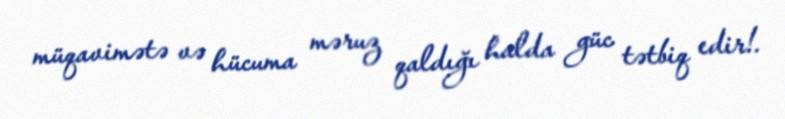
müqavimətə və hücuma məruz qaldığı halda güc tətbiq edir!.